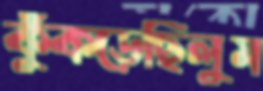
কুঁকড়েছিলুম